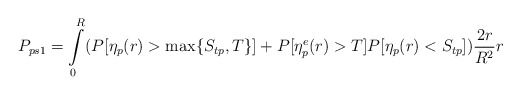
\begin{align*}P_{ps1}=\int\limits_{0}^{R}(P[\eta_p(r)>\max\{S_{tp},T\}]+P[{\eta}^e_p(r)>T]P[\eta_p(r)<S_{tp}])\frac{2r}{R^2}r\end{align*}